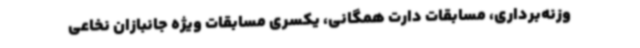
وزنه‌برداری، مسابقات دارت همگانی، یکسری مسابقات ویژه جانبازان نخاعی